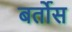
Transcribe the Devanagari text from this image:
बर्तोस